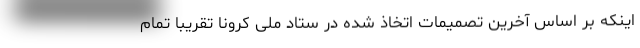
اینکه بر اساس آخرین تصمیمات اتخاذ شده در ستاد ملی کرونا تقریباً تمام